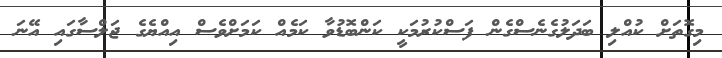
މިގޮތަށް ކުއްލި ބަދަލުގެނެސްގެން ފަސްކުރުމަކީ ކަންބޮޑުވާ ކަމެއް ކަމަށްވެސް އިއްޔެގެ ޖަލްސާގައި އޭނަ